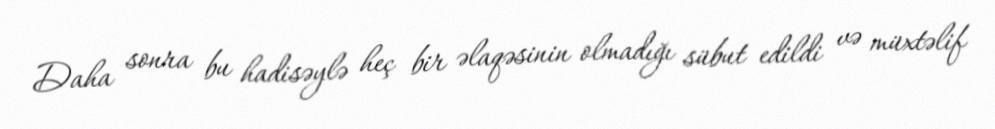
Daha sonra bu hadisəylə heç bir əlaqəsinin olmadığı sübut edildi və müxtəlif